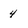
Character: 4